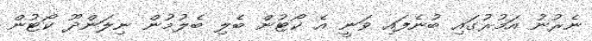
ނެރުނު އަމުރުގައި ބުނެފައި ވަނީ އެ ކޯޓުން ބެލި ބެލުމުން ނިލަންދޫ ކޯޓުން